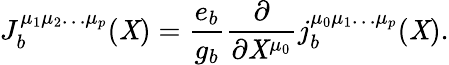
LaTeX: J_{b}^{\mu_{1}\mu_{2}\ldots\mu_{p}}(\mathit{X})=\frac{{e_{b}}}{{g_{b}}}\frac{{\partial}}{{\partial\mathit{X}^{\mu_{0}}}}j_{b}^{\mu_{0}\mu_{1}\ldots\mu_{p}}(\mathit{X}).